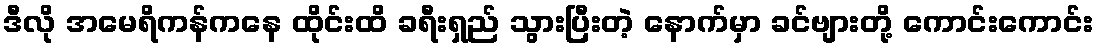
ဒီလို အမေရိကန်ကနေ ထိုင်းထိ ခရီးရှည် သွားပြီးတဲ့ နောက်မှာ ခင်ဗျားတို့ ကောင်းကောင်း